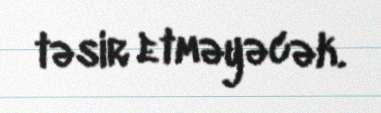
təsir etməyəcək.